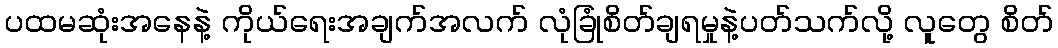
ပထမဆုံးအနေနဲ့ ကိုယ်ရေးအချက်အလက် လုံခြုံစိတ်ချရမှုနဲ့ပတ်သက်လို့ လူတွေ စိတ်